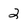
Character: 2